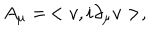
A _ { \mu } = \, < v , i \partial _ { \mu } v > ,